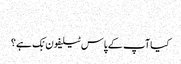
‬
‫کیا آپ کے پاس ٹیلیفون بْک ہے؟